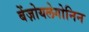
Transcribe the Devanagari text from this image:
बेंज़ोयलेगोनिन